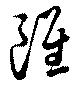
雖